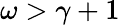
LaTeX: \omega>\gamma+1